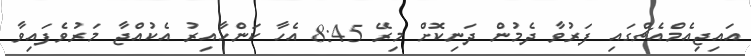
އައިޖިއެމްއެޗްގައި ފަރުވާ ދެމުން ދަނިކޮށް މިރޭ 8:45 އެހާ ކަންހާއިރު އެކުއްޖާ މަރުވެފައިވާ